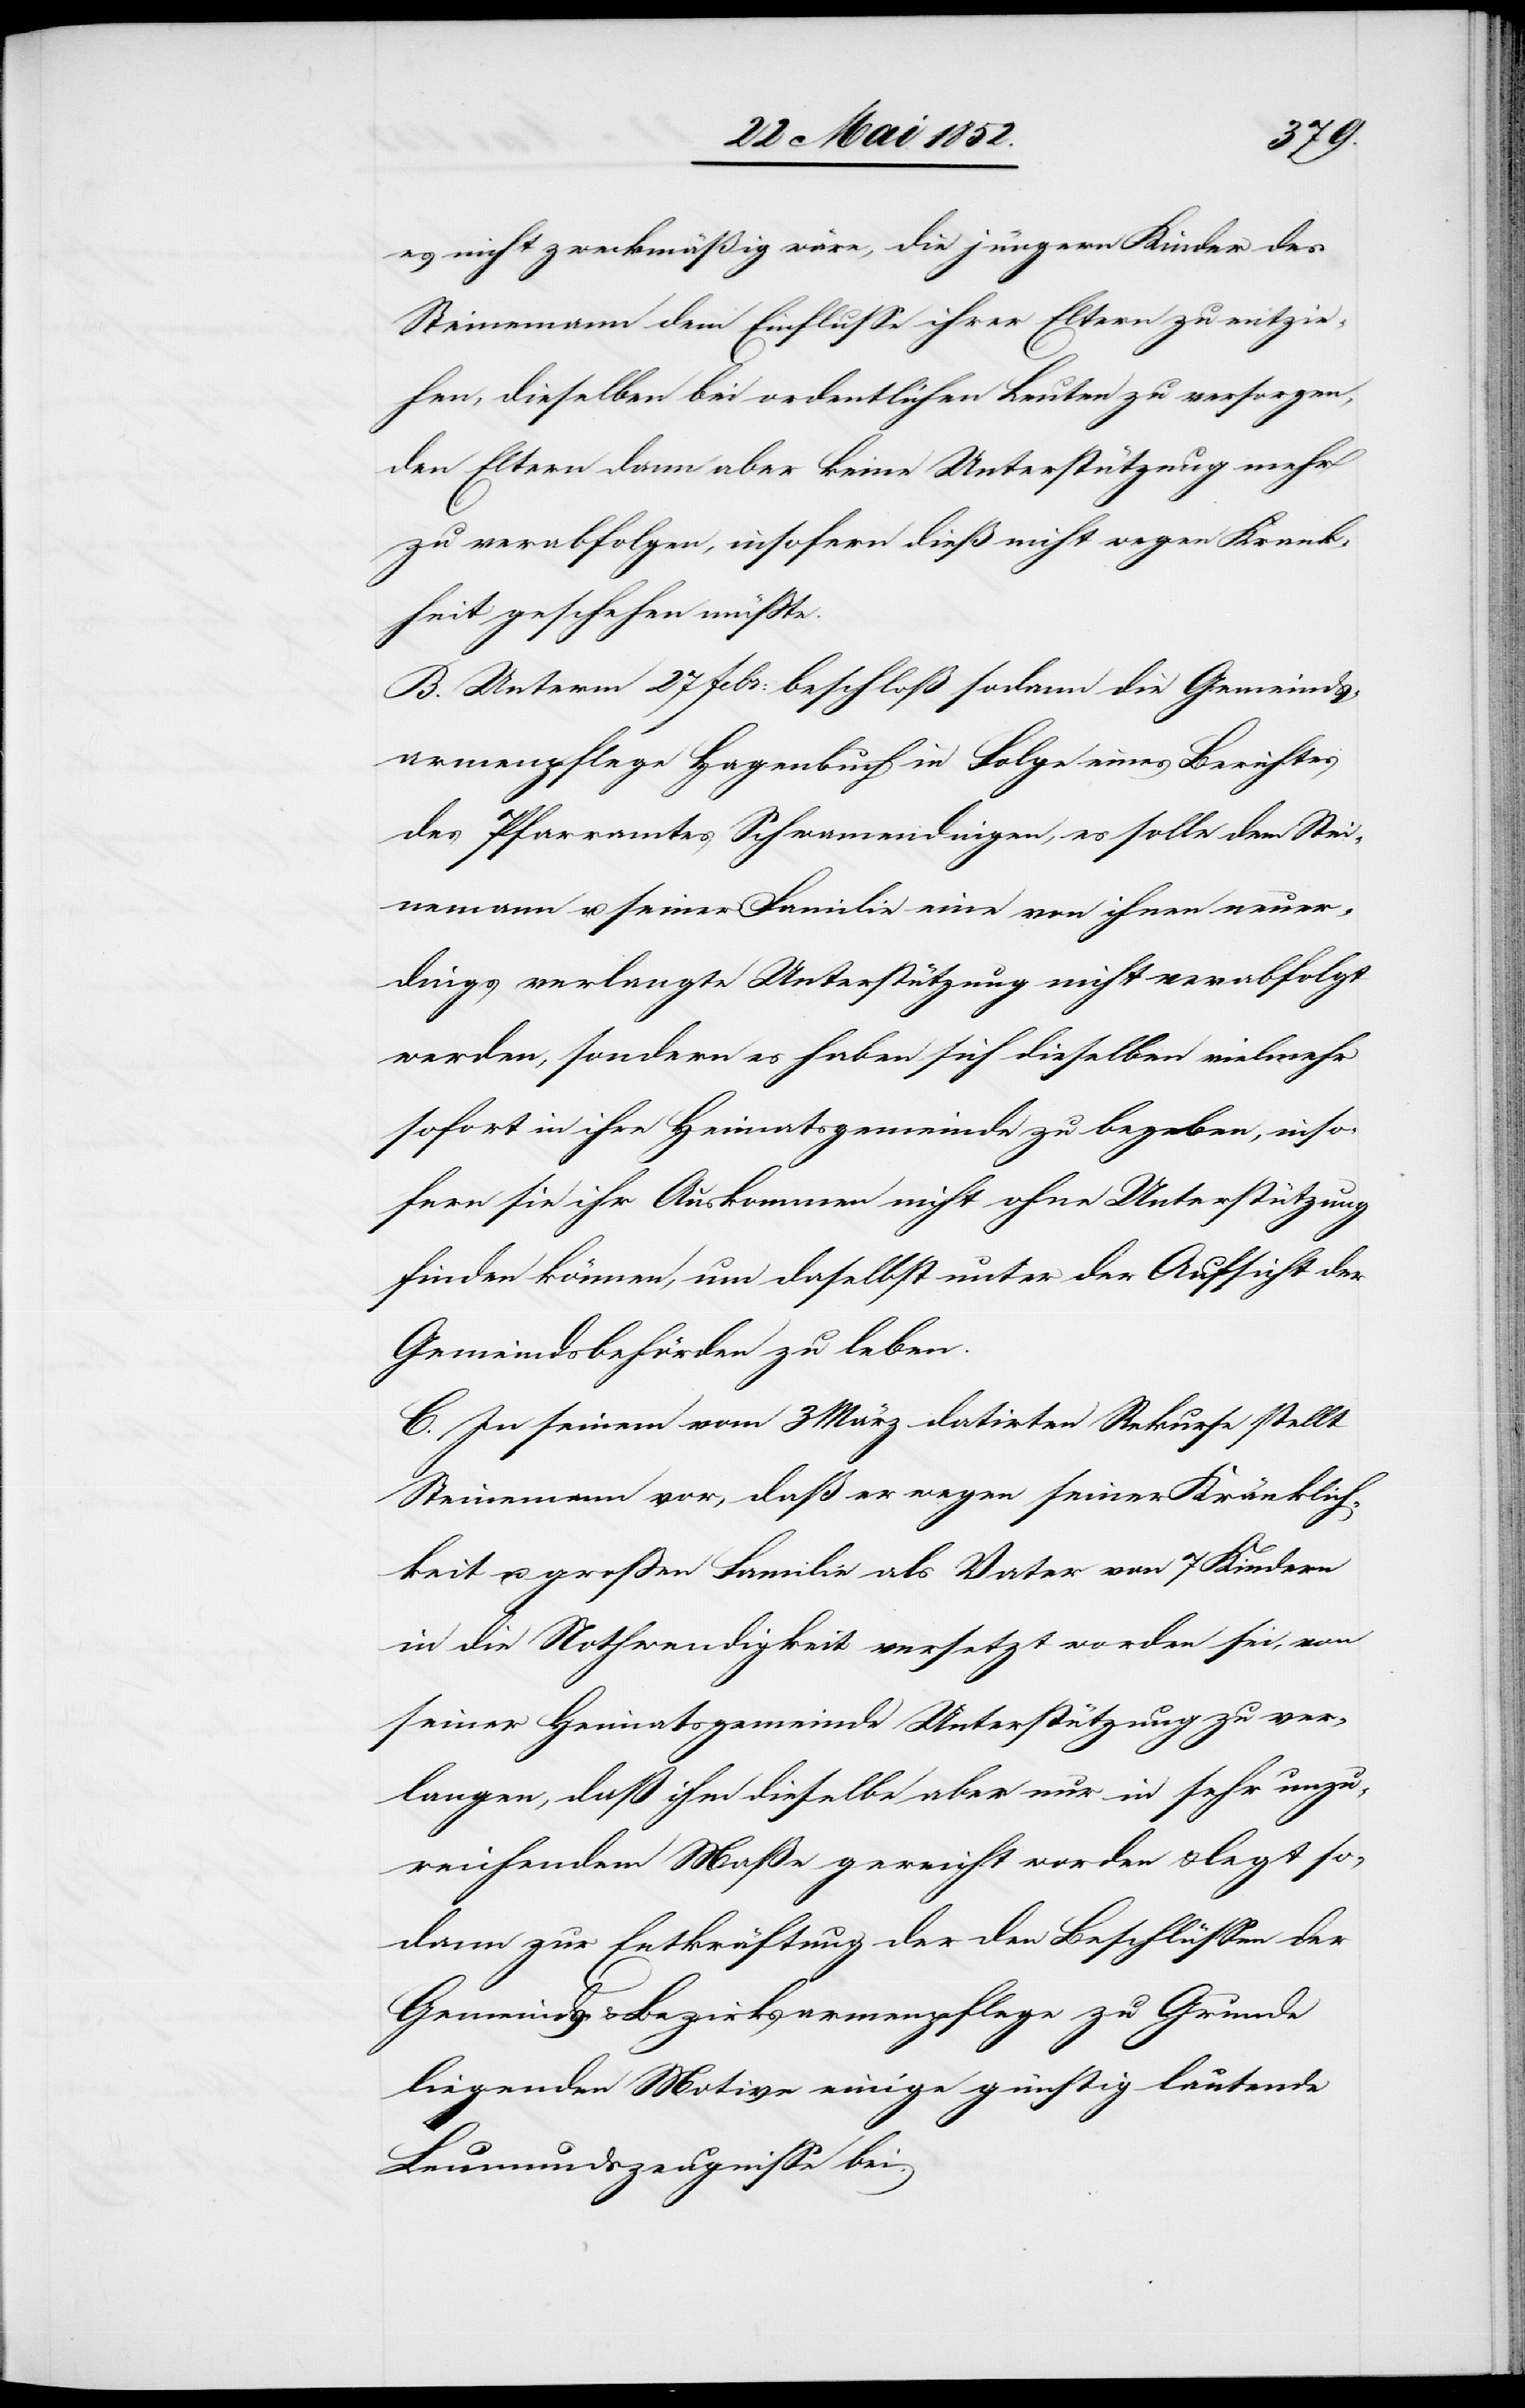
es nicht zweckmäßig wäre, die jüngern Kinder des
Steinemann dem Einflusse ihrer Eltern zu entzie¬
hen, dieselben bei ordentlichen Leuten zu versorgen,
den Eltern dann aber keine Unterstützung mehr
zu verabfolgen, insofern dieß nicht wegen Krank¬
heit geschehen müsste.
B. Untem 27 Febr: beschloß sodann die Gemeinds¬
armenpflege Hagenbuch in Folge eines Berichtes
des Pfarramtes Schwamendingen, es solle dem Stei¬
nemann u. seiner Familie eine von ihnen neuer¬
dings verlangte Unterstützung nicht verabfolgt
werden, sondern es haben sich dieselben vielmehr
sofort in ihre Heimatsgemeinde zu begeben, inso¬
fern sie ihr Auskommen nicht ohne Unterstützung
finden können, um daselbst unter der Aufsicht der
Gemeindsbehörden zu leben.
C. In seinem vom 3 März datirten Rekurse stellt
Steinemann vor, daß er wegen seiner Kränklich¬
keit u. grossen Familie als Vater von 7 Kindern
in die Nothwendigkeit versetzt worden sei, von
seiner Heimatsgemeinde Unterstützung zu ver¬
langen, daß ihm dieselbe aber nur in sehr unzu¬
reichendem Maße gereicht worden & legt so¬
dann zur Entkräftung der den Beschlüssen der
Gemeinds- & Bezirksarmenpflege zu Grunde
liegenden Motive einige günstig lautende
Leumundszeugnisse bei.